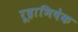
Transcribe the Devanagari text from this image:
रूद्राभिषेक